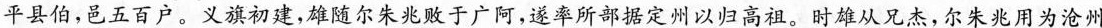
平县伯，邑五百户。义旗初建，雄随尔朱兆败于广阿，遂率所部据定州以归高祖。时雄从兄杰，尔朱兆用为沧州